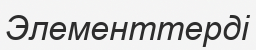
Элементтерді